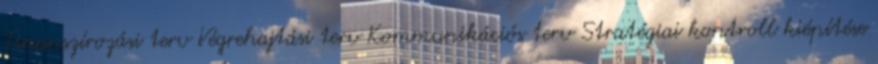
Finanszírozási terv Végrehajtási terv Kommunikációs terv Stratégiai kontroll kiépítése